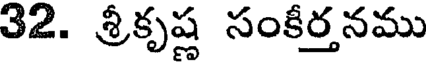
32. శ్రీకృష్ణ సంకీర్తనము